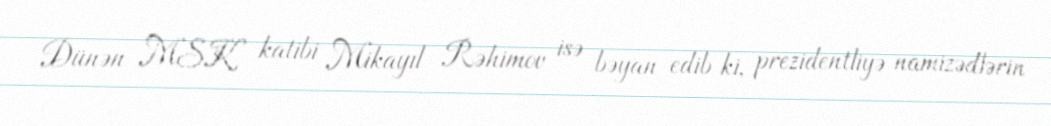
Dünən MSK katibi Mikayıl Rəhimov isə bəyan edib ki, prezidentliyə namizədlərin